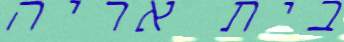
בית אריה